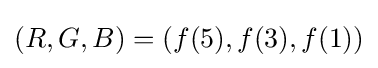
(R,G,B)=(f(5),f(3),f(1))